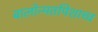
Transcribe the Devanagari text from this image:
बालोन्मतपिशाच्च